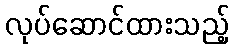
လုပ်ဆောင်ထားသည့်